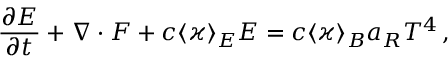
\frac { \partial E } { \partial t } + \boldsymbol { \nabla } \cdot \boldsymbol { F } + c \langle \varkappa \rangle _ { E } E = c \langle \varkappa \rangle _ { B } a _ { R } T ^ { 4 } \, ,